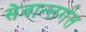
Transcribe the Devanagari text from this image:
सेवान्तर्गत